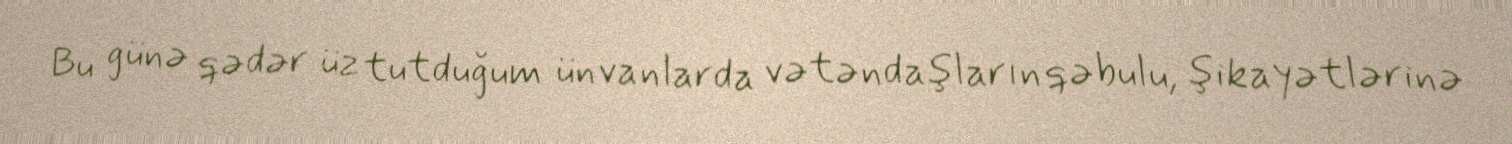
Bu günə qədər üz tutduğum ünvanlarda vətəndaşların qəbulu, şikayətlərinə